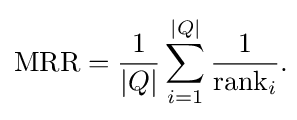
{\text{MRR}}={\frac {1}{|Q|}}\sum _{i=1}^{|Q|}{\frac {1}{{\text{rank}}_{i}}}.\!